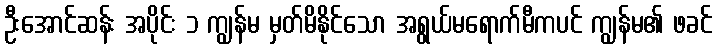
ဦးအောင်ဆန်း အပိုင်း ၁ ကျွန်မ မှတ်မိနိုင်သော အရွယ်မရောက်မီကပင် ကျွန်မ၏ ဖခင်